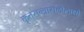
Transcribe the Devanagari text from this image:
कृतसन्त्रासलोलाक्षो